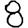
Digit: 8